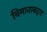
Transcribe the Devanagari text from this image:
विमानाबद्दल